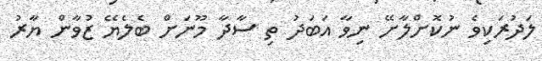
ލަދުރަކިވެ ނުކޮށްލާށޭ ނިވާ އަބަދު ތި ސާދާ މޫނަށް ބެލެޔޭ ޒުވާން ޔާރު